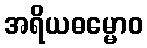
အရိယဓမ္မောဝ